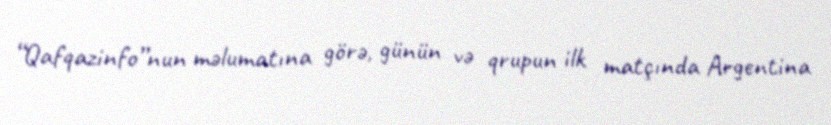
“Qafqazinfo”nun məlumatına görə, günün və qrupun ilk matçında Argentina